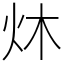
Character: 炑